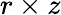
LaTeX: r\times z